Insane asylums in Bengal annual reports 1867-1875 - 1867-1875
Year: 1867
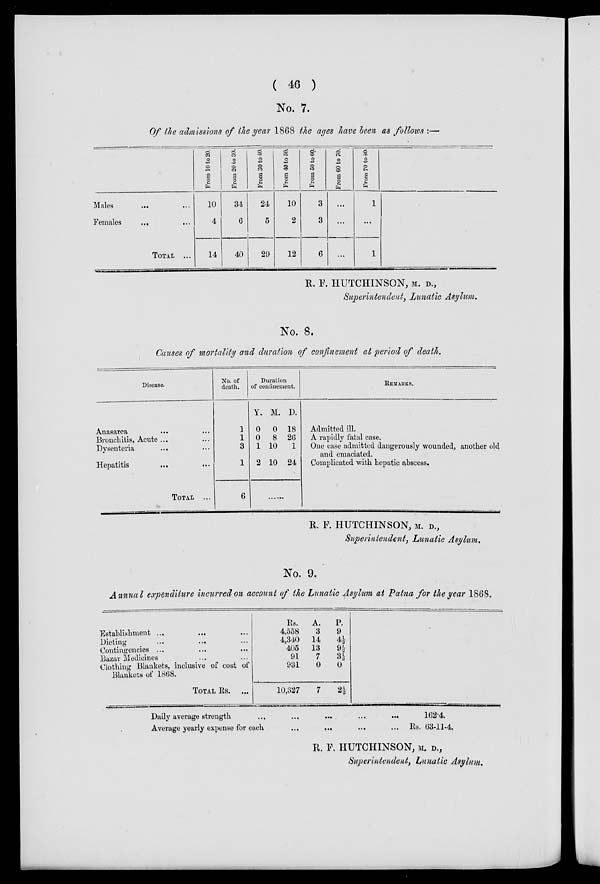
( 46 )
No. 7.
Of the admissions of the year 1868 the ages have been as follows :—
Males ... ...
Females
...
...
TOTAL ...
From 10 to 20.
10
4
14
From 20 to 30.
34
6
40
From 30 to 40.
24
5
29
From 40 to 50.
10
2
12
From 50 to 60.
3
3
6
From 60 to 70.
...
...
...
From 70 to 80.
1
...
1
R. F. HUTCHINSON, M. D.,
Superintendent, Lunatic Asylum.
No. 8.
Causes of mortality and duration of confinement at period of death.
Disease.
Anasarca ... ...
Bronchitis, Acute ... ...
Dysenteria ... ...
Hepatitis
...
...
TOTAL ...
No. of
death.
1
1
3
1
6
Duration
of confinement.
Y.
0
0
1
2
M.
0
8
10
10
D.
18
26
1
24
REMARKS.
Admitted ill.
A rapidly fatal case.
One case admitted dangerously wounded, another old
and emaciated.
Complicated with hepatic abscess.
R. F. HUTCHINSON, M. D.,
Superintendent, Lunatic Asylum.
No. 9.
Annual expenditure incurred on account of the Lunatic Asylum at Patna for the year 1868.
Establishment ... ... ...
Dieting ... ... ...
Contingencies ... ... ...
Bazar Medicines ... ...
Clothing Blankets, inclusive of cost of
Blankets of 1868.
TOTAL Rs.
...
Rs.
4,558
4,340
405
91
931
10,327
A.
3
14
13
7
0
7
P.
9
4½
9½
3½
0
2½
Daily average strength
...
...
...
...
...
Average yearly expense for each
...
... ...
162.4.
Rs. 63-11-4.
R. F. HUTCHINSON, M. D.,
Superintendent, Lunatic Asylum.